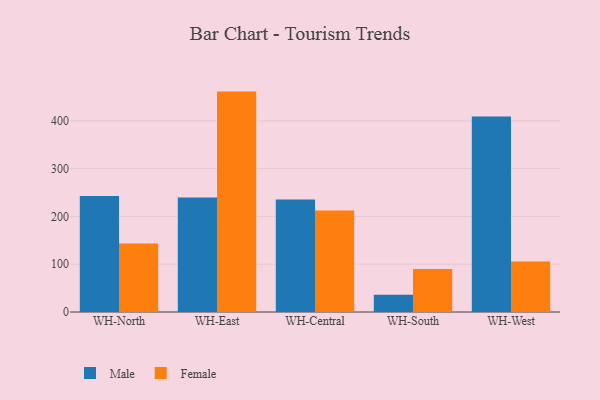
{"axis": {"x": "Warehouse", "y": "Population (Million)"}, "legend": ["Female", "Male"], "data": [{"x": "WH-North", "y": 242.8, "type": "Male"}, {"x": "WH-North", "y": 143.4, "type": "Female"}, {"x": "WH-East", "y": 239.5, "type": "Male"}, {"x": "WH-East", "y": 461.1, "type": "Female"}, {"x": "WH-Central", "y": 235.3, "type": "Male"}, {"x": "WH-Central", "y": 212.1, "type": "Female"}, {"x": "WH-South", "y": 36.1, "type": "Male"}, {"x": "WH-South", "y": 89.8, "type": "Female"}, {"x": "WH-West", "y": 408.8, "type": "Male"}, {"x": "WH-West", "y": 105.4, "type": "Female"}]}